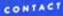
CONTACT